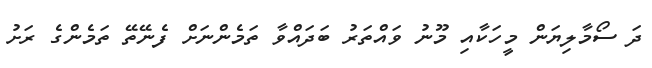
ދަ ސޯމާލިޔަން މީހަކާއި މޫނު ވައްތަރު ބަދައްވާ ތަމެންނަށް ފެނޭތޭ ތަމެންގެ ރަށު